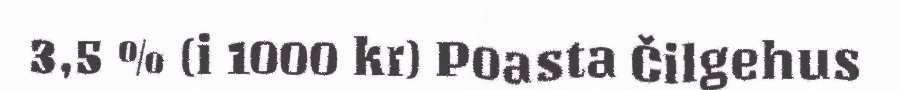
3,5 % (i 1000 kr) Poasta Čilgehus